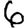
Digit: 6